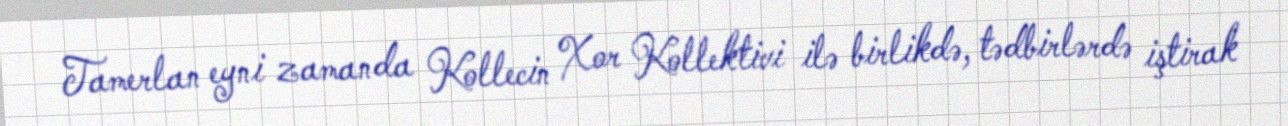
Tamerlan eyni zamanda Kollecin Xor Kollektivi ilə birlikdə, tədbirlərdə iştirak